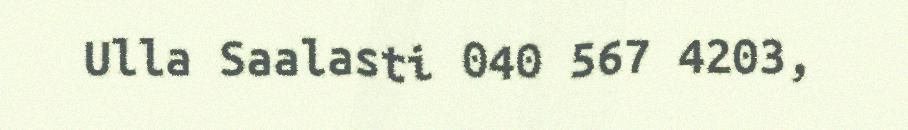
Ulla Saalasti 040 567 4203,